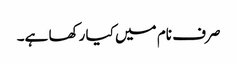
صرف نام میں کیا رکھا ہے۔